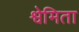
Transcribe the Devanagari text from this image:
श्वेमिता